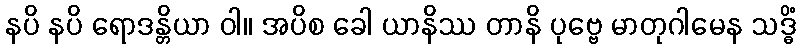
နပိ နပိ ရောဒန္တိယာ ဝါ။ အပိစ ခေါ ယာနိဿ တာနိ ပုဗ္ဗေ မာတုဂါမေန သဒ္ဓိံ